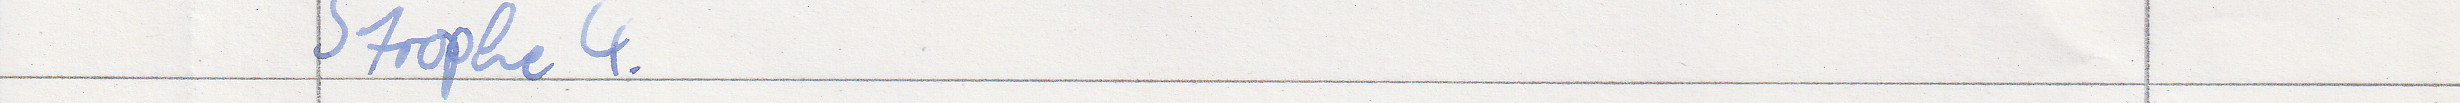
Strophe 4.